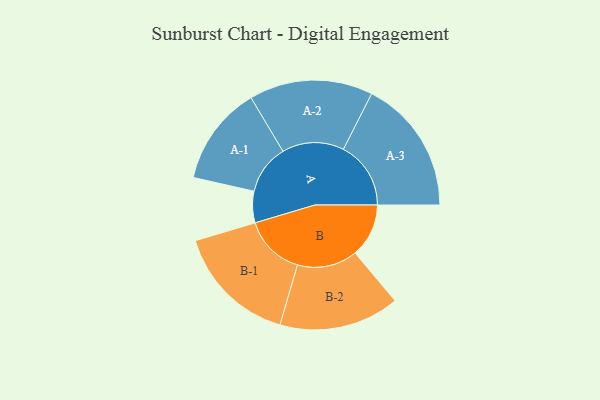
{"axis": {"x": "Segment", "y": "Value"}, "legend": ["", "A", "B"], "data": [{"x": "A", "y": 129, "type": ""}, {"x": "B", "y": 220, "type": ""}, {"x": "A-1", "y": 204, "type": "A"}, {"x": "A-2", "y": 254, "type": "A"}, {"x": "A-3", "y": 277, "type": "A"}, {"x": "B-1", "y": 251, "type": "B"}, {"x": "B-2", "y": 247, "type": "B"}]}